Report on the bubonic plague in Bombay, 1896-1897
Year: 1896
Disease focus: Plague
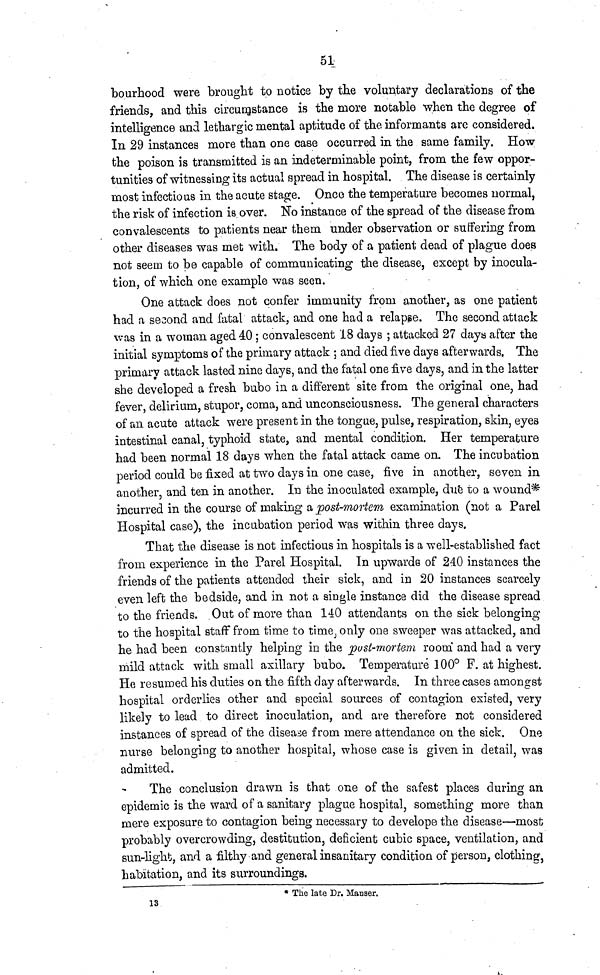
51
bourhood were brought to notice by the voluntary declarations of the
friends, and this circumstance is the more notable when the degree of
intelligence and lethargic mental aptitude of the informants are considered.
In 29 instances more than one case occurred in the same family. How
the poison is transmitted is an indeterminable point, from the few oppor-
tunities of witnessing its actual spread in hospital. The disease is certainly
most infectious in the acute stage. Once the temperature becomes normal,
the risk of infection is over. No instance of the spread of the disease from
convalescents to patients near them under observation or suffering from
other diseases was met with. The body of a patient dead of plague does
not seem to be capable of communicating the disease, except by inocula-
tion, of which one example was seen.
One attack does not confer immunity from another, as one patient
had a second and fatal attack, and one had a relapse. The second attack
was in a woman aged 40 ; convalescent 18 days ; attacked 27 days after the
initial symptoms of the primary attack ; and died five days afterwards. The
primary attack lasted nine days, and the fatal one five days, and in the latter
she developed a fresh bubo in a different site from the original one had
fever, delirium, stupor, coma, and unconsciousness. The general characters
of an acute attack were present in the tongue, pulse, respiration, skin, eyes
intestinal canal, typhoid state, and mental condition. Her temperature
had been normal 18 days when the fatal attack came on. The incubation
period could be fixed at two days in one case, five in another, seven in
another, and ten in another. In the inoculated example, due to a wound*
incurred in the course of making a post-mortem examination (not a Parel
Hospital case), the incubation period was within three days.
That the disease is not infectious in hospitals is a well-established fact
from experience in the Parel Hospital. In upwards of 240 instances the
friends of the patients attended their sick, and in 20 instances scarcely
even left the bedside, and in not a single instance did the disease spread
to the friends. Out of more than 140 attendants on the sick belongingo
to the hospital staff from time to time, only one sweeper was attacked, and
he had been constantly helping in the pust-mortem room and had a very
mild attack with small axillary bubo. Temperature 100° F. at highest.
He resumed his duties on the fifth day afterwards. In three cases amongst
hospital orderlies other and special sources of contagion existed, very
likely to lead to direct inoculation, and are therefore not considered
instances of spread of the disease from mere attendance on the sick. One
nurse belonging to another hospital, whose case is given in detail, was
admitted.
The conclusion drawn is that one of the safest places during an
epidemic is the ward of a sanitary plague hospital, something more than
mere exposure to contagion being necessary to develope the disease—most
probably overcrowding, destitution, deficient cubic space, ventilation, and
sun-light, and a filthy and general insanitary condition of person, clothing",
habitation, and its surroundings.